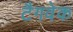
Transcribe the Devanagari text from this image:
टैगवेक